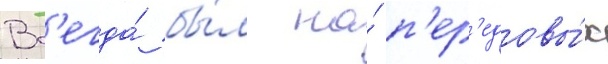
Вс'егда́ бы́л на́ п'ер'едовы́х